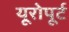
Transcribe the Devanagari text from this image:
यूरोपूर्ट